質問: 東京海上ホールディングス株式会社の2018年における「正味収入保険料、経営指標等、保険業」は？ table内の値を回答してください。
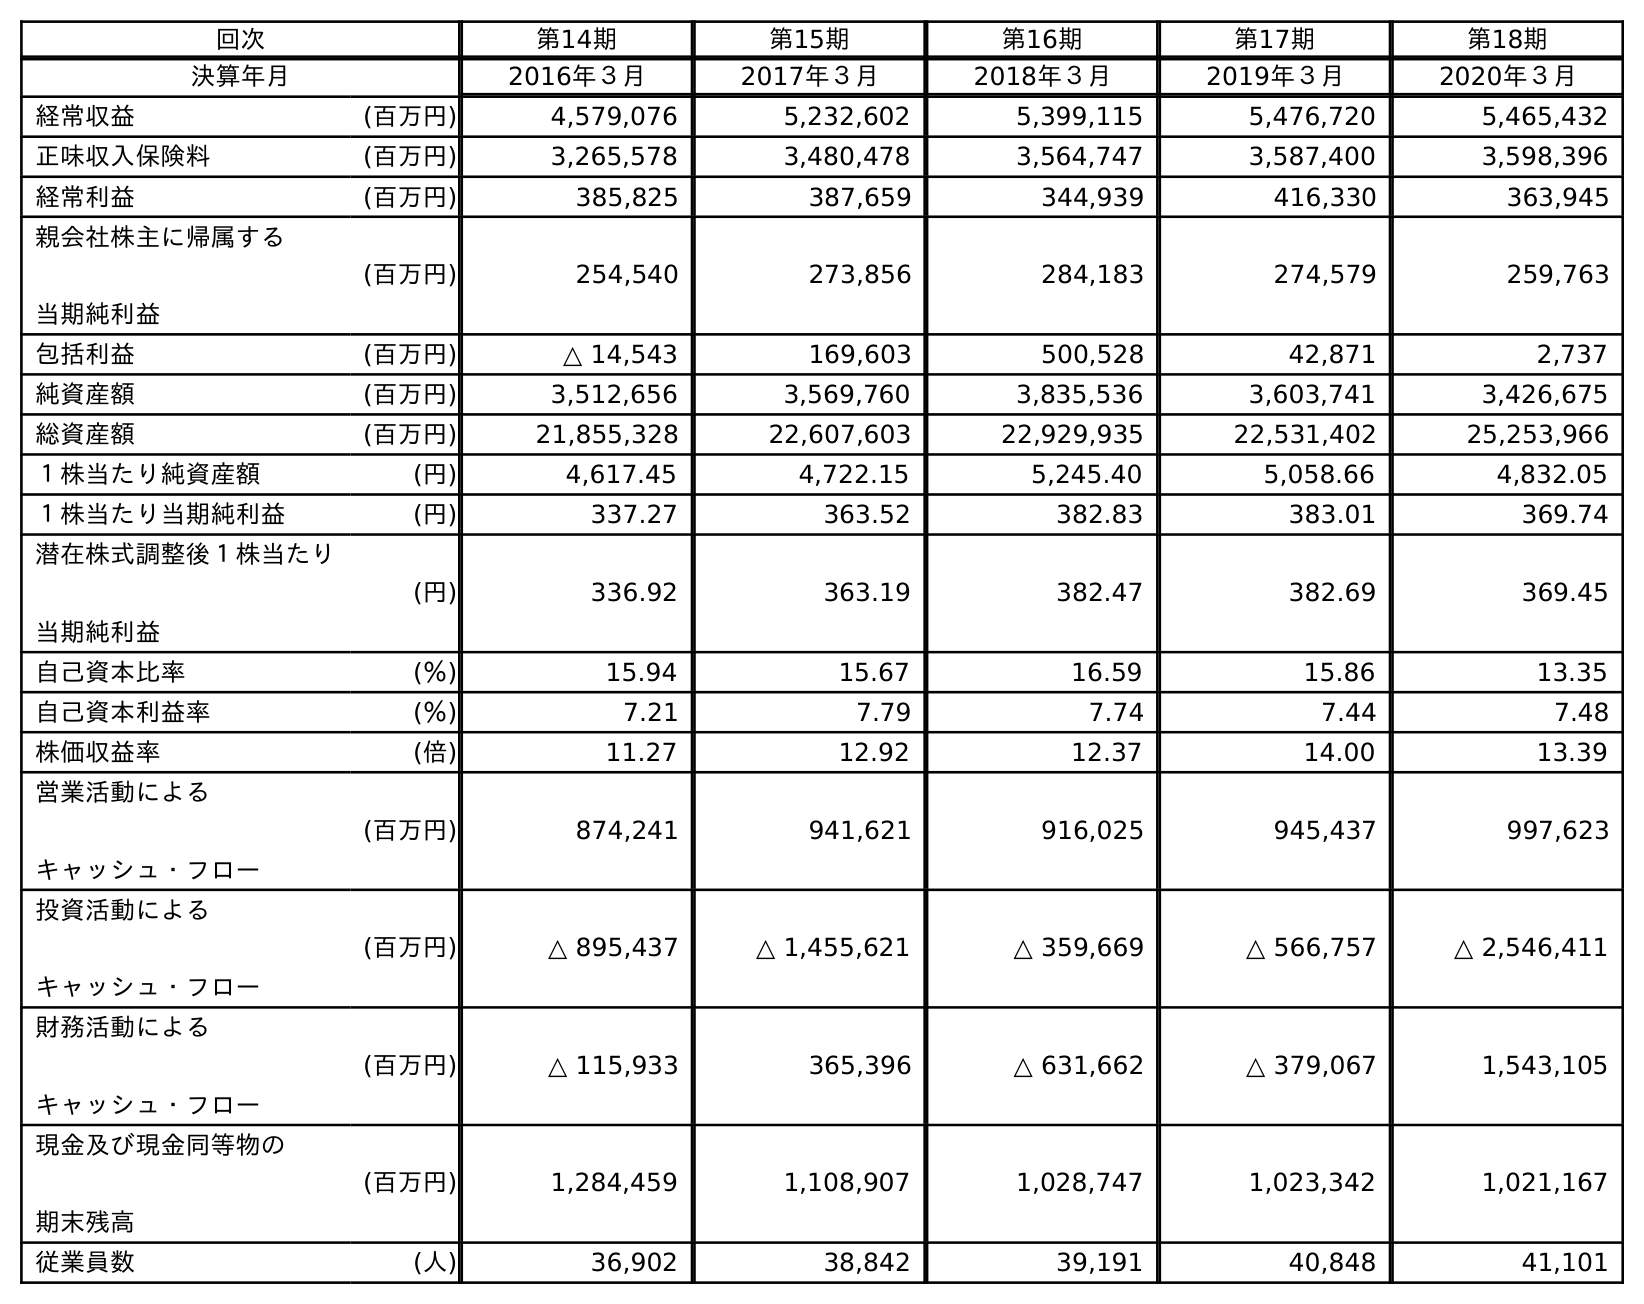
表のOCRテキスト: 回次 第14期 第15期 第16期 第17期 第18期 決算年月 2016年３月 2017年３月 2018年３月 2019年３月 2020年３月 経常収益 (百万円) 4,579,076 5,232,602 5,399,115 5,476,720 5,465,432 正味収入保険料 (百万円) 3,265,578 3,480,478 3,564,747 3,587,400 3,598,396 経常利益 (百万円) 385,825 387,659 344,939 416,330 363,945 親会社株主に帰属する 当期純利益 (百万円) 254,540 273,856 284,183 274,579 259,763 包括利益 (百万円) △ 14,543 169,603 500,528 42,871 2,737 純資産額 (百万円) 3,512,656 3,569,760 3,835,536 3,603,741 3,426,675 総資産額 (百万円) 21,855,328 22,607,603 22,929,935 22,531,402 25,253,966 １株当たり純資産額 (円) 4,617.45 4,722.15 5,245.40 5,058.66 4,832.05 １株当たり当期純利益 (円) 337.27 363.52 382.83 383.01 369.74 潜在株式調整後１株当たり 当期純利益 (円) 336.92 363.19 382.47 382.69 369.45 自己資本比率 (％) 15.94 15.67 16.59 15.86 13.35 自己資本利益率 (％) 7.21 7.79 7.74 7.44 7.48 株価収益率 (倍) 11.27 12.92 12.37 14.00 13.39 営業活動による キャッシュ・フロー (百万円) 874,241 941,621 916,025 945,437 997,623 投資活動による キャッシュ・フロー (百万円) △ 895,437 △ 1,455,621 △ 359,669 △ 566,757 △ 2,546,411 財務活動による キャッシュ・フロー (百万円) △ 115,933 365,396 △ 631,662 △ 379,067 1,543,105 現金及び現金同等物の 期末残高 (百万円) 1,284,459 1,108,907 1,028,747 1,023,342 1,021,167 従業員数 (人) 36,902 38,842 39,191 40,848 41,101
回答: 3,564,747